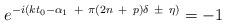
LaTeX: \begin{align*}e^{-i(kt_0 - \alpha_1\ +\ \pi (2n\ +\ p)\delta \ \pm\ \eta )} = -1\end{align*}